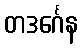
တဒင်္ဂေန